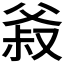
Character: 𰠍